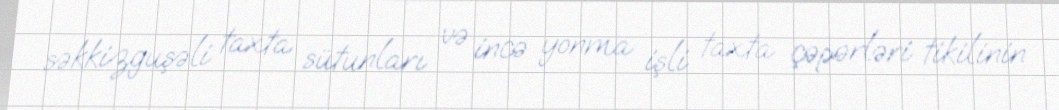
səkkizguşəli taxta sütunları və incə yonma işli taxta çəpərləri tikilinin